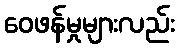
ဝေဖန်မှုများလည်း